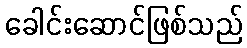
ခေါင်းဆောင်ဖြစ်သည်